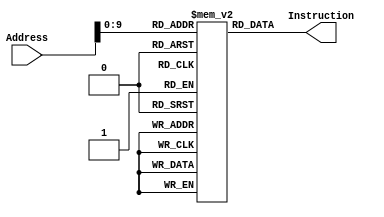
module InstructionMemory(Address, Instruction);
	input [63:0] Address;
	output [31:0] Instruction;
	reg [31:0] memory[0:1023];

	assign Instruction = memory[Address[10:0]];
endmodule